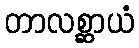
တာလစ္ဆာယံ